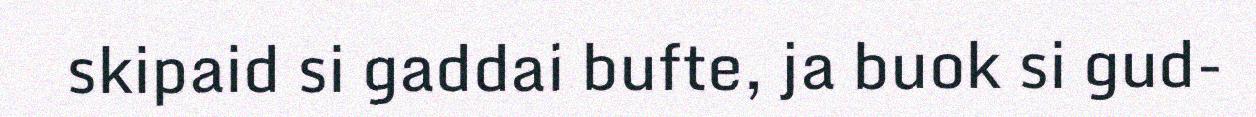
skipaid si gaddai bufte, ja buok si gud-